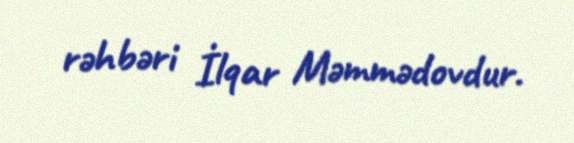
rəhbəri İlqar Məmmədovdur.